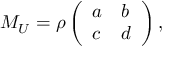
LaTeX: M _ { U } = \rho \left( \begin{array} { l l } { { a } } & { { b } } \\ { { c } } & { { d } } \end{array} \right) ,